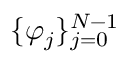
\{ \varphi _ { j } \} _ { j = 0 } ^ { N - 1 }